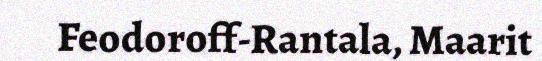
Feodoroff-Rantala, Maarit